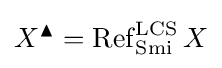
X^{\blacktriangle }=\operatorname {Ref} _{\operatorname {Smi} }^{\operatorname {LCS} }X